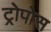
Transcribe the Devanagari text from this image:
ट्रोपोस